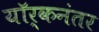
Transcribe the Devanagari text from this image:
यॉर्कनंतर